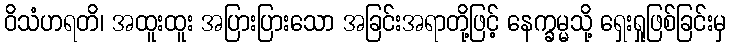
ဝိသံဟရတိ၊ အထူးထူး အပြားပြားသော အခြင်းအရာတို့ဖြင့် နေက္ခမ္မသို့ ရှေးရှုဖြစ်ခြင်းမှ